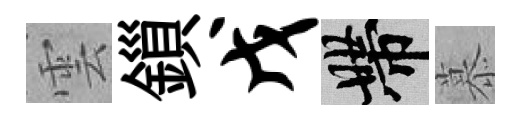
雲鎻戊帶慕